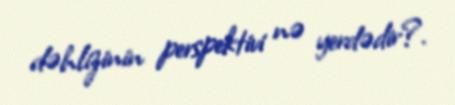
dəhlizinin perspektivi nə yerdədir?.